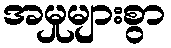
အမှုများစွာ